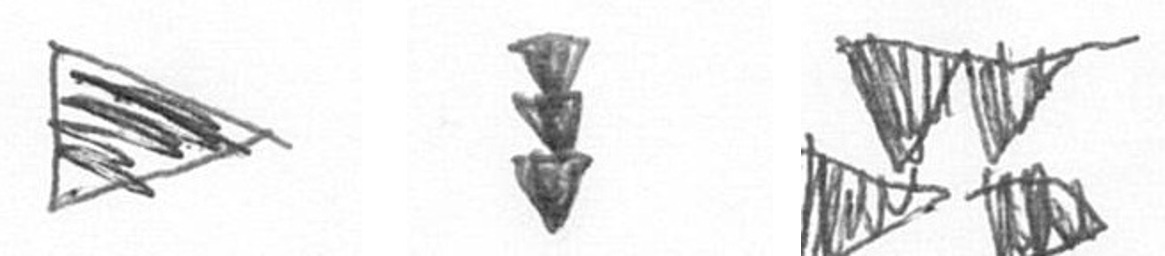
T E B